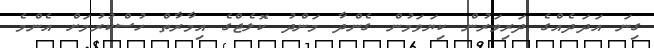
ގިނަ އަަދަދެއްގެ ދަރިވަރުން ކިޔަވަމުން ގެންދާ މަންދު ކޮލެޖްގެ އިމާރާތް ހުސްކުރުމަށް އެންމެ